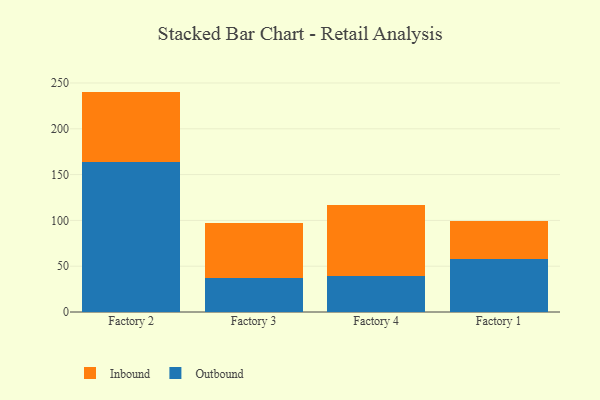
{"axis": {"x": "Factory", "y": "Conversion Rate (%)"}, "legend": ["Inbound", "Outbound"], "data": [{"x": "Factory 2", "y": 163.7, "type": "Outbound"}, {"x": "Factory 2", "y": 76.9, "type": "Inbound"}, {"x": "Factory 3", "y": 37.0, "type": "Outbound"}, {"x": "Factory 3", "y": 60.0, "type": "Inbound"}, {"x": "Factory 4", "y": 39.5, "type": "Outbound"}, {"x": "Factory 4", "y": 77.0, "type": "Inbound"}, {"x": "Factory 1", "y": 57.5, "type": "Outbound"}, {"x": "Factory 1", "y": 41.8, "type": "Inbound"}]}